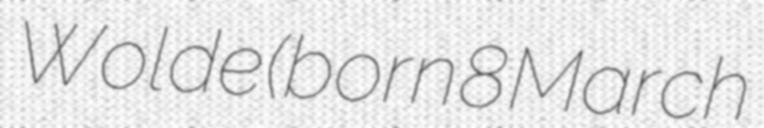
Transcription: Wolde (born 8 March